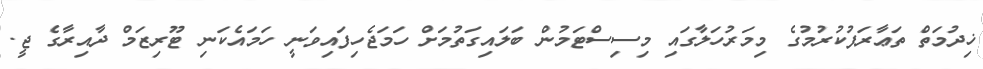
ޚިދުމަތް ތަޢާރަފުކުރުމުގެ މިމަރުހަލާގައި މިސިސްޓަމުން ބަލައިގަތުމަށް ހަމަޖެހިފައިވަނީ ހަމައެކަނި ޓޫރިޒަމް ދާއިރާގެ ޖީ.